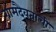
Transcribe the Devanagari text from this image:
ग्रामदैवताची